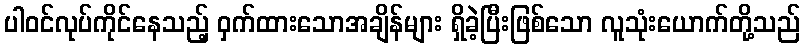
ပါဝင်လုပ်ကိုင်နေသည့် ဝှက်ထားသောအချိန်များ ရှိခဲ့ပြီးဖြစ်သော လူသုံးယောက်တို့သည်